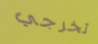
تخرجي